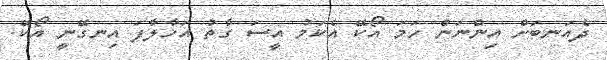
ދެއަނބަށް އިންނަން ހަމަ އޯކޭ އެކަމު އީސަ ގާތު އަހާލާފަ އިނގޭނީ އޯކޭ.